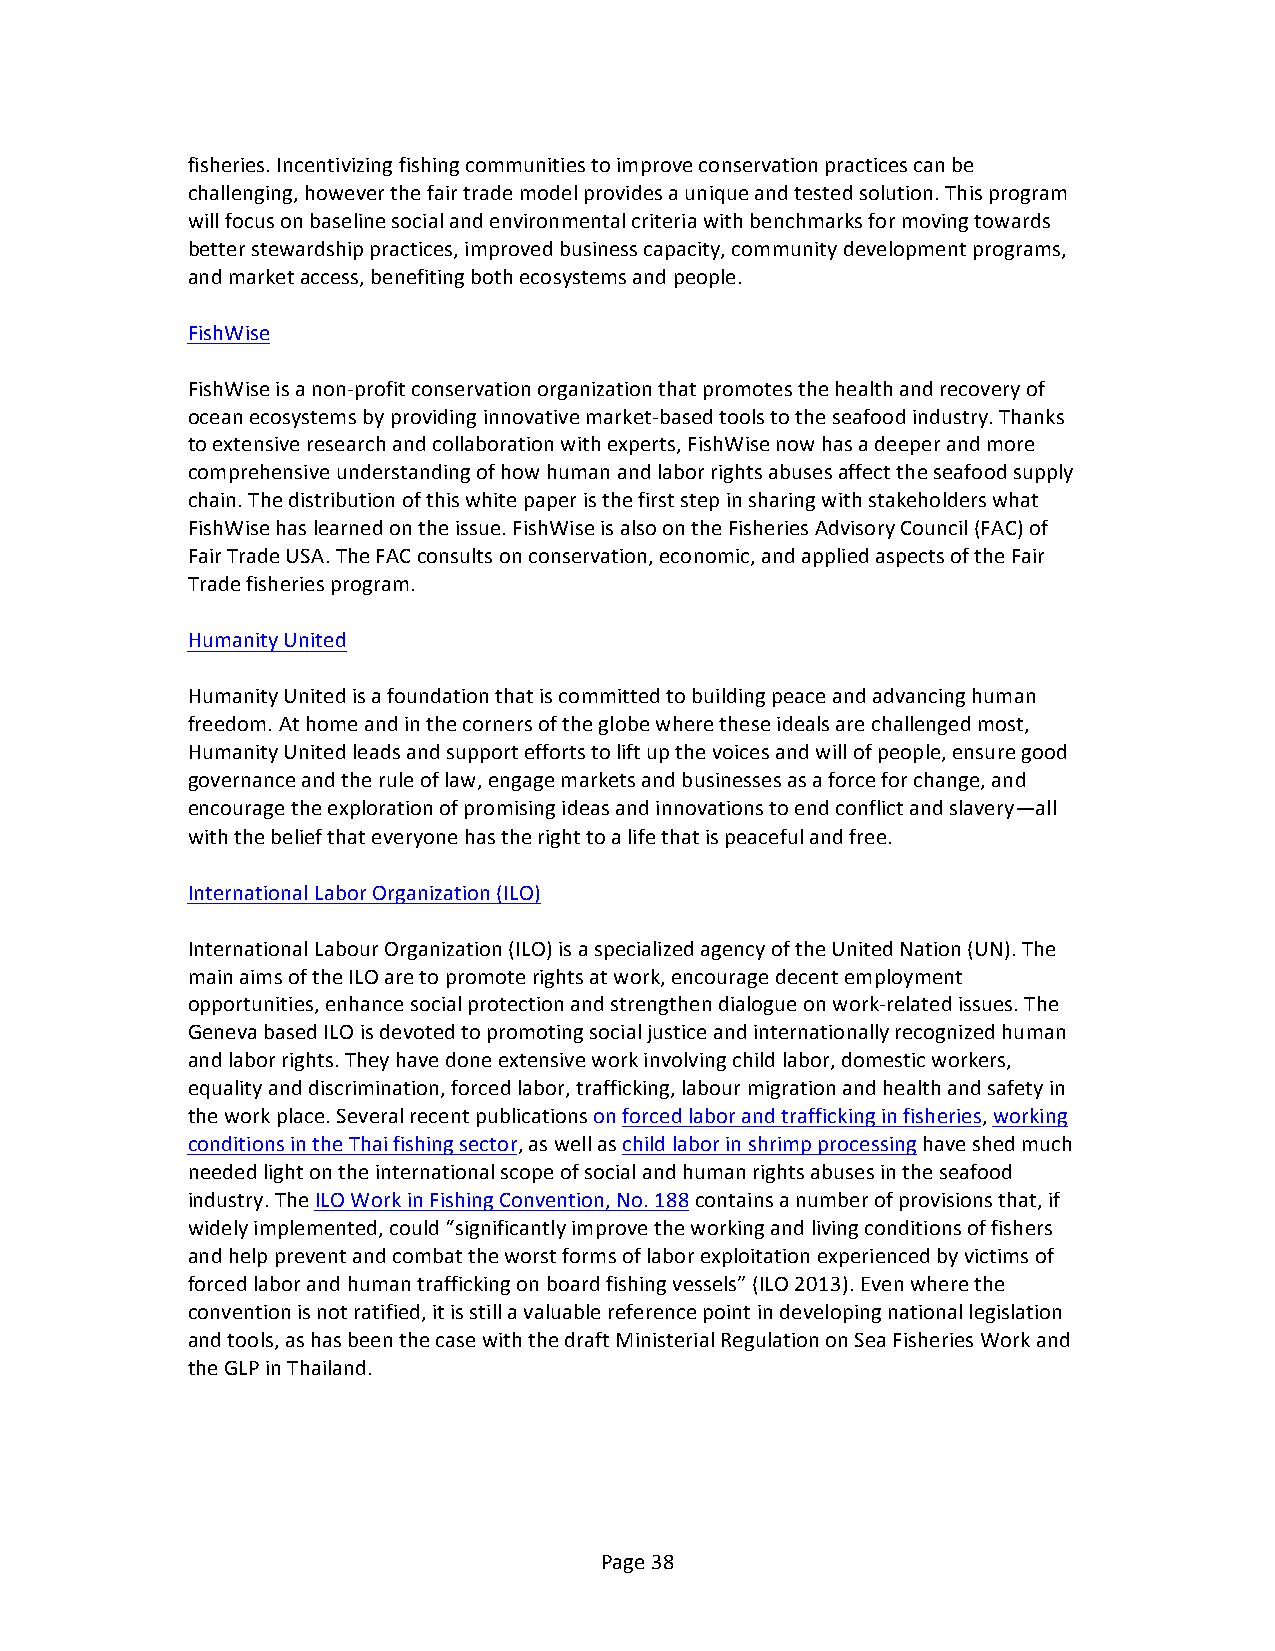
fisheries. Incentivizing fishing communities to improve conservation practices can be
 challenging, however the fair trade model provides a unique and tested solution. This program
 will focus on baseline social and environmental criteria with benchmarks for moving towards
 better stewardship practices, improved business capacity, community development programs,
 and market access, benefiting both ecosystems and people.
 FishWise
 FishWise is a non-­‐profit conservation organization that promotes the health and recovery of
 ocean ecosystems by providing innovative market-­‐based tools to the seafood industry. Thanks
 to extensive research and collaboration with experts, FishWise now has a deeper and more
 comprehensive understanding of how human and labor rights abuses affect the seafood supply
 chain. The distribution of this white paper is the first step in sharing with stakeholders what
 FishWise has learned on the issue. FishWise is also on the Fisheries Advisory Council (FAC) of
 Fair Trade USA. The FAC consults on conservation, economic, and applied aspects of the Fair
 Trade fisheries program.
 Humanity United
 Humanity United is a foundation that is committed to building peace and advancing human
 freedom. At home and in the corners of the globe where these ideals are challenged most,
 Humanity United leads and support efforts to lift up the voices and will of people, ensure good
 governance and the rule of law, engage markets and businesses as a force for change, and
 encourage the exploration of promising ideas and innovations to end conflict and slavery—all
 with the belief that everyone has the right to a life that is peaceful and free.
 International Labor Organization (ILO)
 International Labour Organization (ILO) is a specialized agency of the United Nation (UN). The
 main aims of the ILO are to promote rights at work, encourage decent employment
 opportunities, enhance social protection and strengthen dialogue on work-­‐related issues. The
 Geneva based ILO is devoted to promoting social justice and internationally recognized human
 and labor rights. They have done extensive work involving child labor, domestic workers,
 equality and discrimination, forced labor, trafficking, labour migration and health and safety in
 the work place. Several recent publications on forced labor and trafficking in fisheries, working
 conditions in the Thai fishing sector, as well as child labor in shrimp processing have shed much
 needed light on the international scope of social and human rights abuses in the seafood
 industry. The ILO Work in Fishing Convention, No. 188 contains a number of provisions that, if
 widely implemented, could “significantly improve the working and living conditions of fishers
 and help prevent and combat the worst forms of labor exploitation experienced by victims of
 forced labor and human trafficking on board fishing vessels” (ILO 2013). Even where the
 convention is not ratified, it is still a valuable reference point in developing national legislation
 and tools, as has been the case with the draft Ministerial Regulation on Sea Fisheries Work and
 the GLP in Thailand.
 Page 38